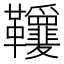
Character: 𩎋